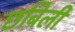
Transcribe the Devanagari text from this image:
छबिली